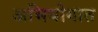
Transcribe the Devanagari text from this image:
अभियोगात